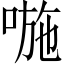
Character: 𠷇